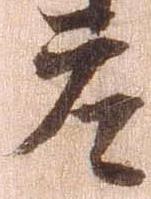
庄